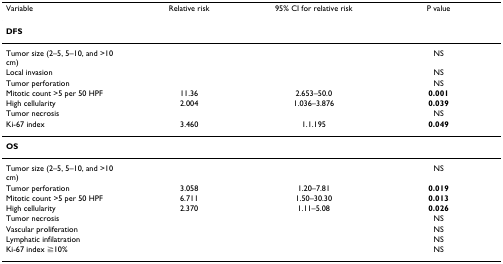
| Variable | Relative risk | 95% CI for relative risk | P value |
 | --- | --- | --- | --- |
 | <COLSPAN=4> DFS |
 | Tumor size (2–5, 5–10, and >10 cm) |  |  | NS |
 | Local invasion |  |  | NS |
 | Tumor perforation |  |  | NS |
 | Mitotic count >5 per 50 HPF | 11.36 | 2.653–50.0 | 0.001 |
 | High cellularity | 2.004 | 1.036–3.876 | 0.039 |
 | Tumor necrosis |  |  | NS |
 | Ki-67 index | 3.460 | 1.1.195 | 0.049 |
 | <COLSPAN=4> OS |
 | Tumor size (2–5, 5–10, and >10 cm) |  |  | NS |
 | Tumor perforation | 3.058 | 1.20–7.81 | 0.019 |
 | Mitotic count >5 per 50 HPF | 6.711 | 1.50–30.30 | 0.013 |
 | High cellularity | 2.370 | 1.11–5.08 | 0.026 |
 | Tumor necrosis |  |  | NS |
 | Vascular proliferation |  |  | NS |
 | Lymphatic infilatration |  |  | NS |
 | Ki-67 index ≧10% |  |  | NS |